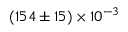
( 1 5 4 \pm 1 5 ) \times 1 0 ^ { - 3 }